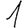
Digit: 1